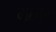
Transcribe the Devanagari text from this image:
मछावा